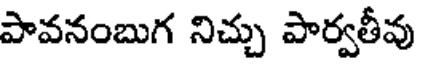
పావనంబుగ నిచ్చు పార్వతీవు